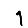
Digit: 1